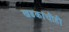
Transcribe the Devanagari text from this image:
खडकांचीही